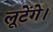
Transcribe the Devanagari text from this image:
लूटेंगे।